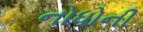
નોધોની